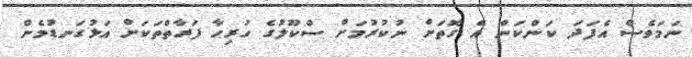
ނަމަވެސް އެފަދަ ކަންކަން އެ ގޮތަށް ނުކުރުމަށް ސްކޫލުގެ ހުރިހާ ފަރާތްތަކަށް އަޅުގަނޑުމެން